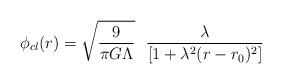
LaTeX: \begin{align*}\phi_{cl}(r)={\sqrt{\frac{9}{\pi G \Lambda}}}~~\frac{\lambda}{[1+\lambda^2 (r-r_0)^2]}\end{align*}